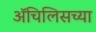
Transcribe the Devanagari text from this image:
ॲचिलिसच्या